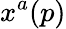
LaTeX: x^{a}(p)